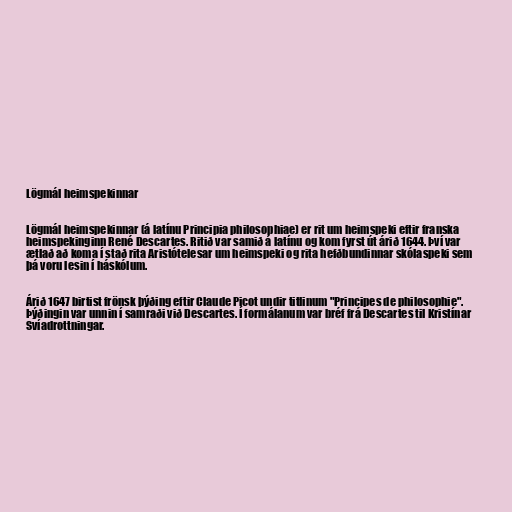
Lögmál heimspekinnar

Lögmál heimspekinnar (á latínu Principia philosophiae) er rit um heimspeki eftir franska
heimspekinginn René Descartes. Ritið var samið á latínu og kom fyrst út árið 1644. Því var
ætlað að koma í stað rita Aristótelesar um heimspeki og rita hefðbundinnar skólaspeki sem
þá voru lesin í háskólum.

Árið 1647 birtist frönsk þýðing eftir Claude Picot undir titlinum "Principes de philosophie".
Þýðingin var unnin í samraði við Descartes. Í formálanum var bréf frá Descartes til Kristínar
Svíadrottningar.